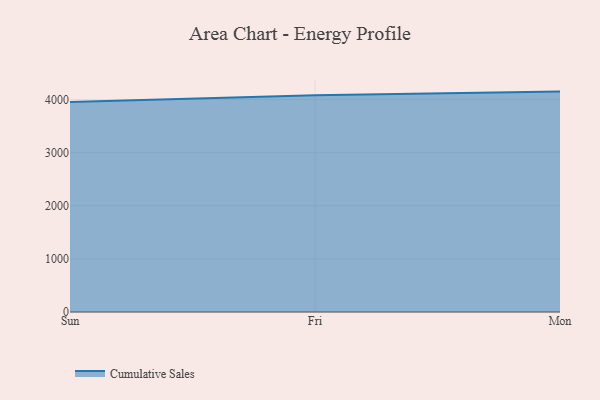
{"axis": {"x": "Day", "y": "Page Views"}, "legend": ["Cumulative Sales"], "data": [{"x": "Sun", "y": 3954.2, "type": "Cumulative Sales"}, {"x": "Fri", "y": 4080.6, "type": "Cumulative Sales"}, {"x": "Mon", "y": 4149.2, "type": "Cumulative Sales"}]}